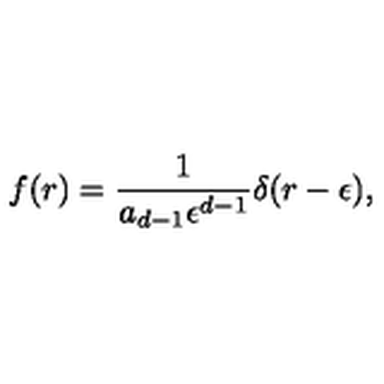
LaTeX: f ( r ) = { \frac { 1 } { a _ { d - 1 } \epsilon ^ { d - 1 } } } \delta ( r - \epsilon ) ,